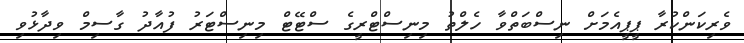
ވެރިކަންކުރާ ޕީޕީއެމަށް ނިސްބަތްވާ ހެލްތު މިނިސްޓްރީގެ ސްޓޭޓް މިނިސްޓަރު ފުއާދު ގާސިމް ވިދާޅުވި